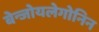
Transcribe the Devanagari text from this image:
बेन्जोयलेगोनिन